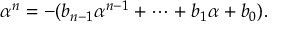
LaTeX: \alpha ^ { n } = - ( b _ { n - 1 } \alpha ^ { n - 1 } + \cdots + b _ { 1 } \alpha + b _ { 0 } ) .